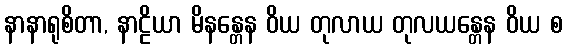
နာနာရုစိတာ, နာဠိယာ မိနန္တေန ဝိယ တုလာယ တုလယန္တေန ဝိယ စ